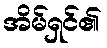
အိမ်ရှင်၏